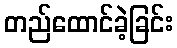
တည်ထောင်ခဲ့ခြင်း